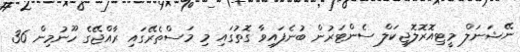
ނޭޝަނަލް މީޓިއޮރޮލޮޖިކަލް ސެންޓަރުން ބުނެފައިވާ ގޮތުގައި މި މަސްތެރޭގައި ރާއްޖޭގެ ހޫނުމިން 36